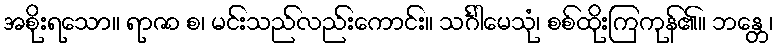
အစိုးရသော။ ရာဇာ စ၊ မင်းသည်လည်းကောင်း။ သင်္ဂါမေသုံ၊ စစ်ထိုးကြကုန်၏။ ဘန္တေ၊